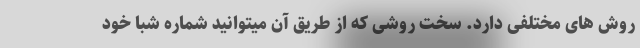
روش های مختلفی دارد. سخت روشی که از طریق آن میتوانید شماره شبا خود